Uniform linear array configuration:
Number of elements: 48
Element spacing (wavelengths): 0.75
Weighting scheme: hann
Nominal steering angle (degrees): -15
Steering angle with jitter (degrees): -15.765
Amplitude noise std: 0.05
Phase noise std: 0.05

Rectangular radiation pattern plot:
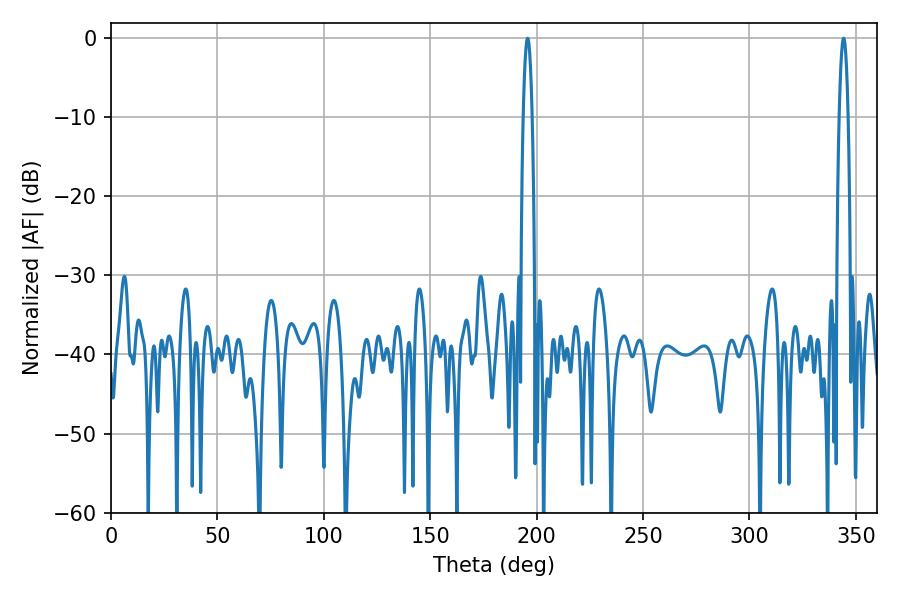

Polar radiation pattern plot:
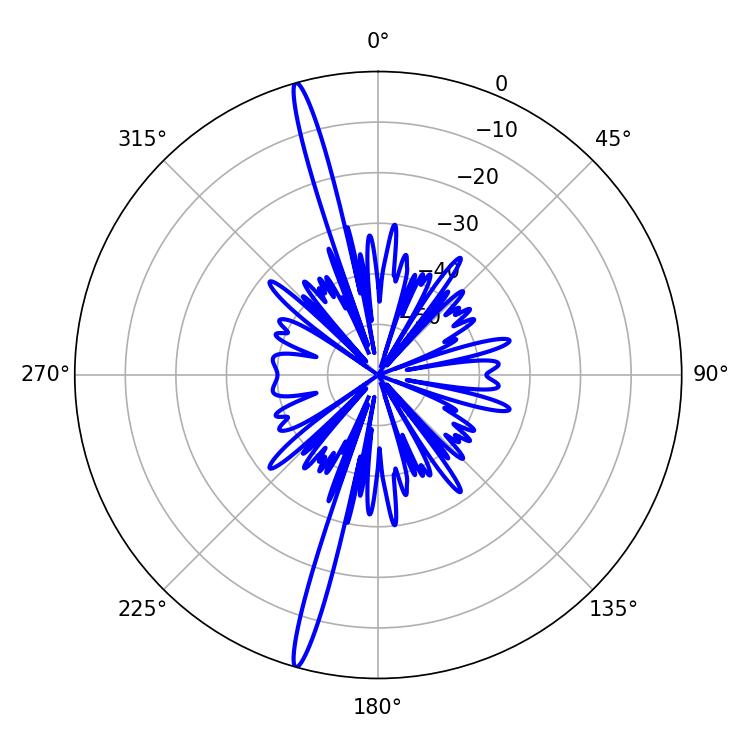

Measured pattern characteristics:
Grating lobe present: TRUE
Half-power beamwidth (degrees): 2.34
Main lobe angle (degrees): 195.84